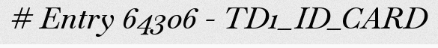
# Entry 64306 - TD1_ID_CARD